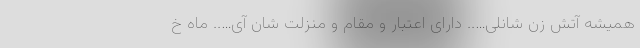
همیشه آتش زن شانلی….. دارای اعتبار و مقام و منزلت شان آی….. ماه خ